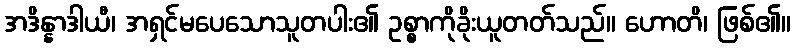
အဒိန္နာဒါယီ၊ အရှင်မပေသောသူတပါး၏ ဥစ္စာကိုခိုးယူတတ်သည်။ ဟောတိ၊ ဖြစ်၏။